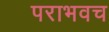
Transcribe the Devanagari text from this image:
पराभवच